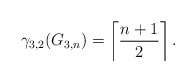
\begin{align*} \gamma_{3,2} (G_{3,n}) = \left\lceil \frac{n+1}{2} \right\rceil .\end{align*}